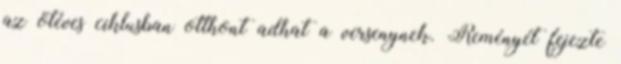
az ötéves ciklusban otthont adhat a versenynek. Reményét fejezte